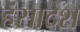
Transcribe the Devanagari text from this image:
हंसादेश